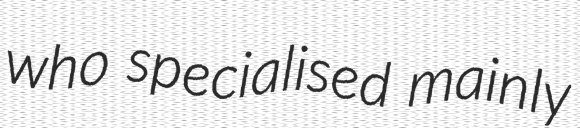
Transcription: who specialised mainly